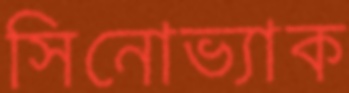
সিনোভ্যাক